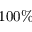
1 0 0 \%